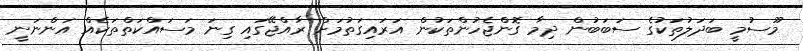
މޫސުމީ ބަދަލުތަކުގެ ސަބަބުން ދިމާ ގޮންޖެހުންތަކުން އަރައިގަތުމަށް ރާއްޖޭގައި ގިނަ މަސައްކަތްތަކެއް އަންނަނީ